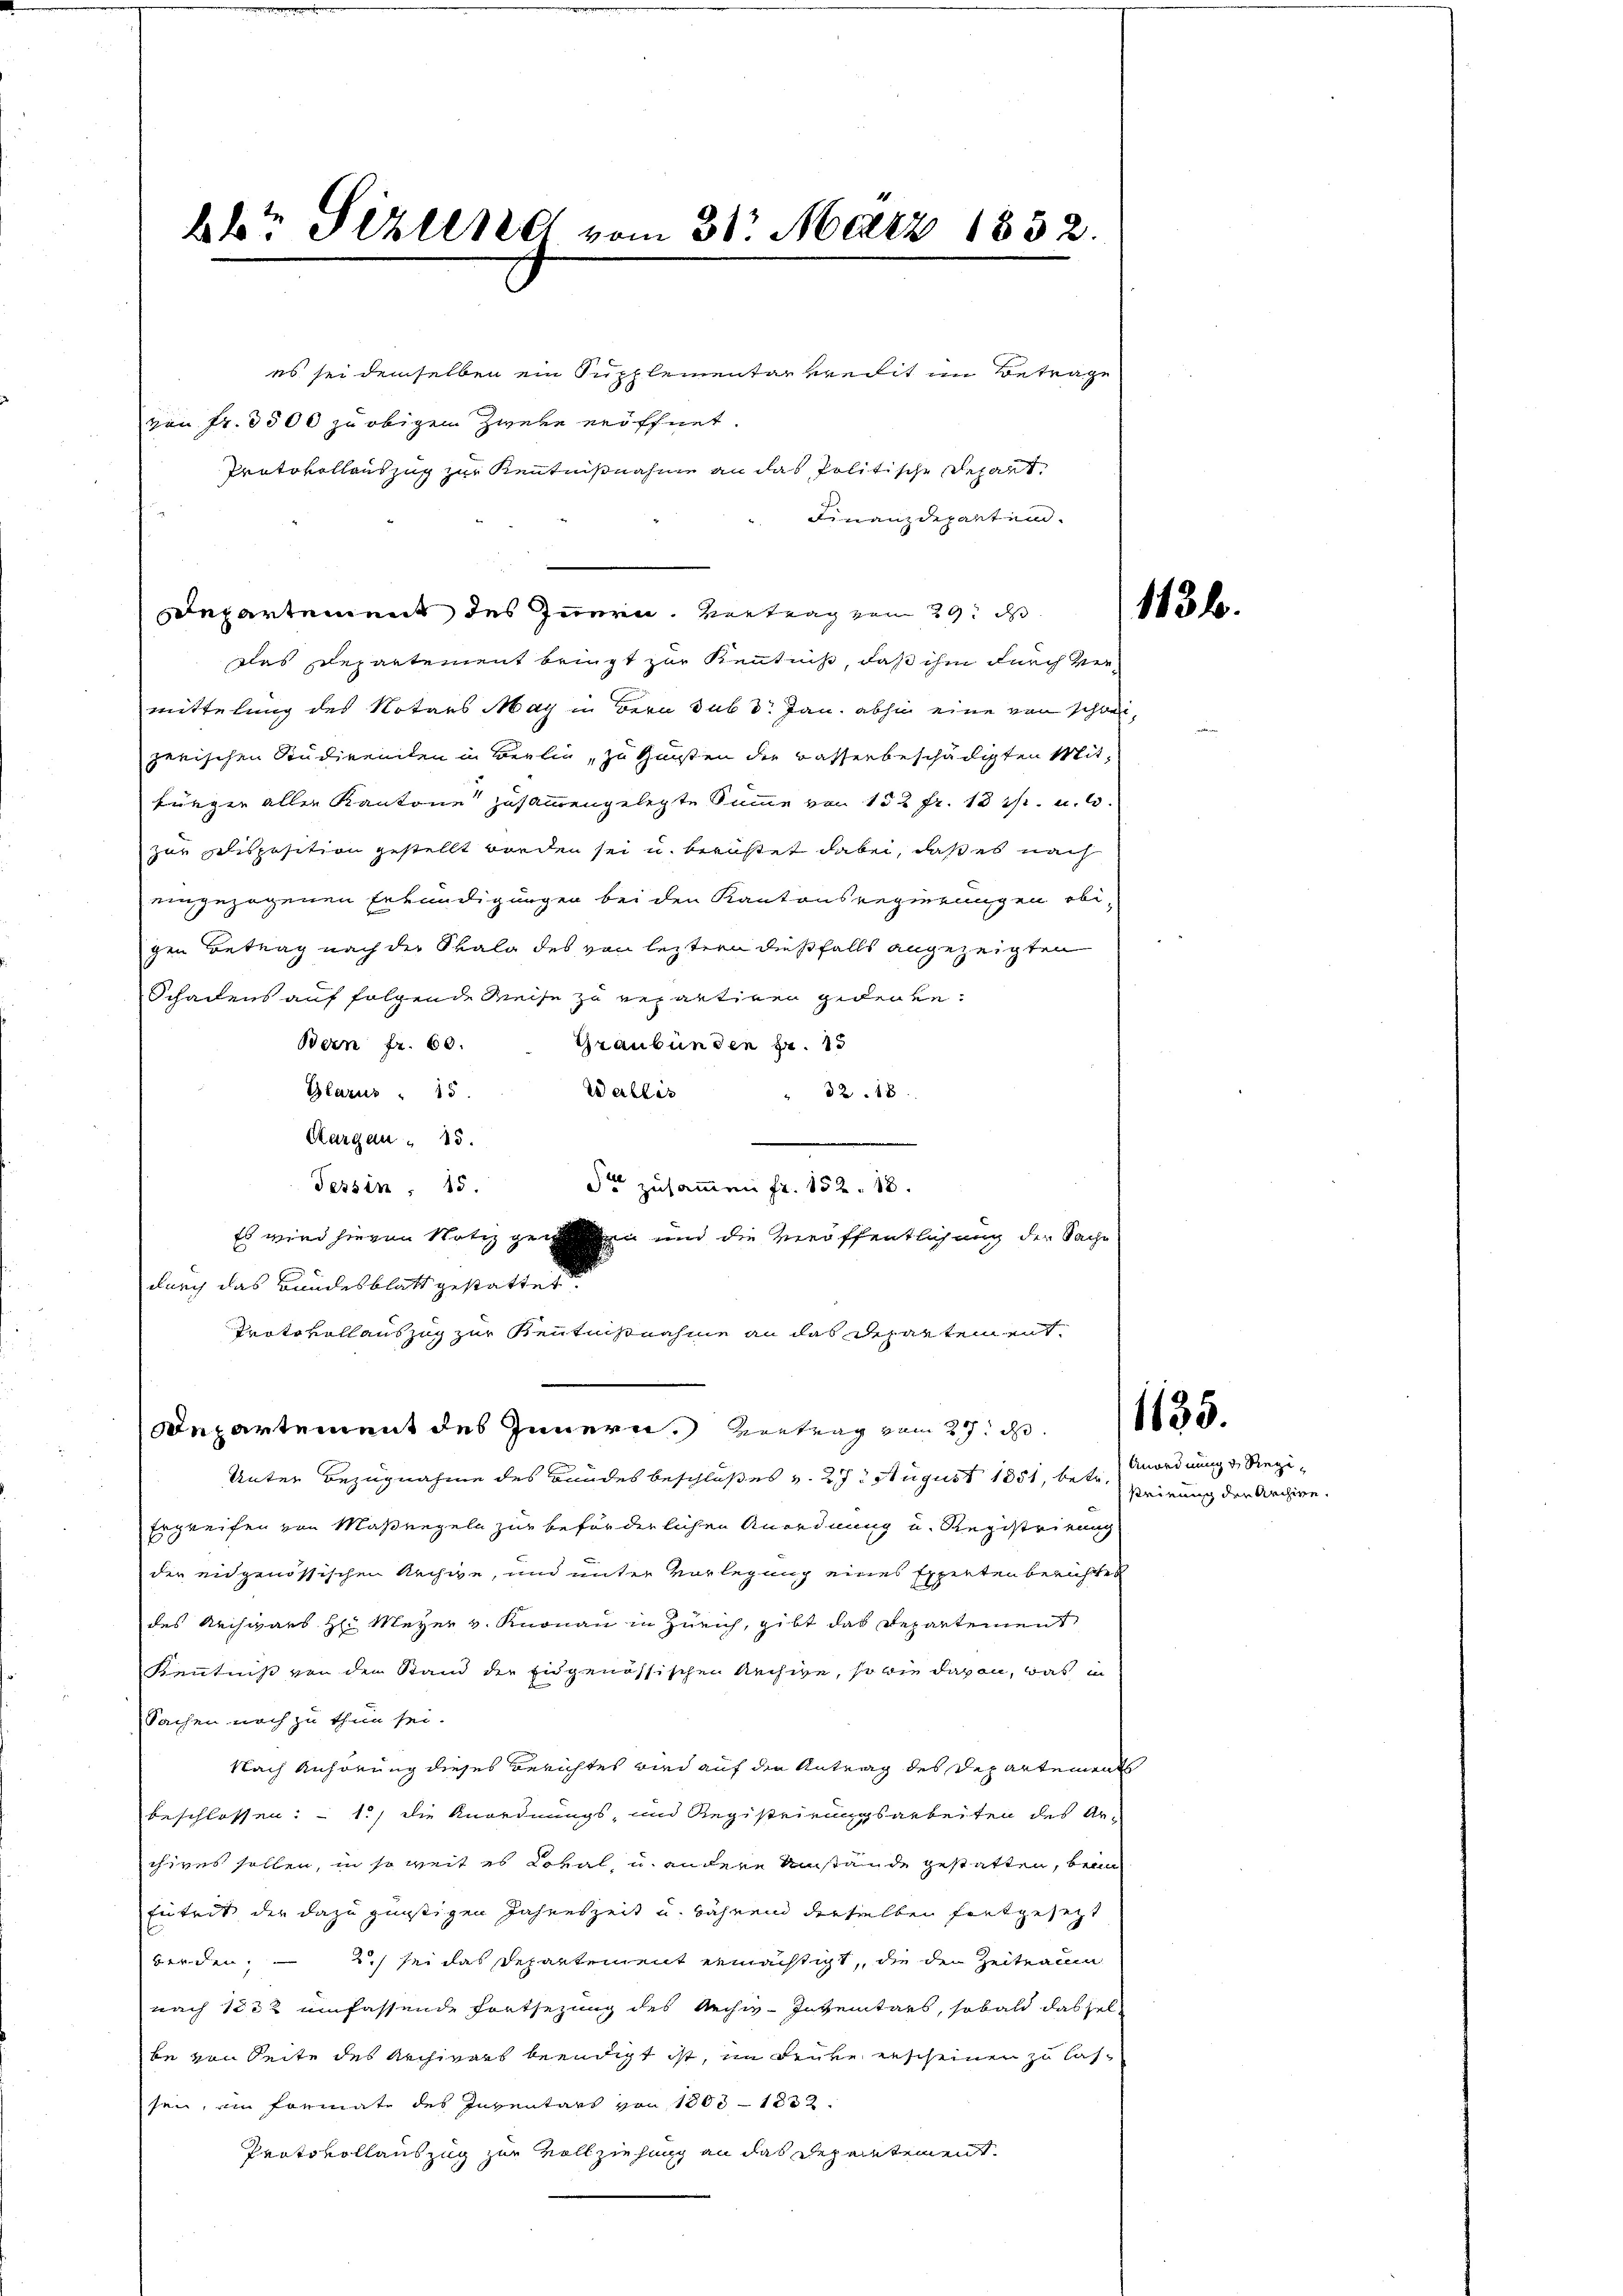
bbr Sizend vom 31. März 1832.

es sei demselben ein Supplementar vedit im Betrage
von Fr. 3500 zu obigen Zweke eröffnet
Protokollauszug zur Kenntnißnahme an das Politische Gehalt
Finanzdeparten.
Departement des Innern. Vertrag vom 29. ds
das Departement bringt zur Kenntniß, daß ihm durch ver-
mittelung des Notars May in Bern sub Dr. Jan. abhin eine von schwei-
zerischen Studirenden in Berlin, zu Gunsten der Basserbeschädigten Mitbürger aller Kantone zusammengelegte Summe von 152 fr. 13 f. u. 1
zur Disposition gestellt worden sei u. beristet dabei, daß es nach
eingezogenen Erkundigungen bei den Kantonsregierungen obi-
gen Betrag nach der Spala des von letztern dießfalls angezeigten
Schadens auf folgende Weise zu repartigen gedenken.
Bern Fr. 60.
Graubünden pr. 15
Wallis
Glarus " 15
32 18
Aargau 25.
dt zusammen fr. 152. 18.
Tessin, 25.
durch das Bundesblatt gestattet.
Protokollauszug zur Kenntnißnahme an das Departement
Departement des Innern. Vertrag vom 27. d. 10.
Unter Bezugnahme des Bundes beschloßes v. 27. August 1851, betr.
Ergreifen von Maßregeln zur beförderlichen Anordnung und Registrirung
der eidgenössischen Archive, und unter Vorlegung eines Experten berichtet
des Archivars H: Meyer v. Knonau in Zürich, gibt das Departement
Kenntniß von den Stand der Eidgenössischen Rechige, so wie davon, was in
Sachen noch zu thun sei.
Nach Anhörung dieses Berichtes wird auf den Antrag des Departements
beschlossen: 1.) die Anordnungs- und Registrirungsarbeiten des Archives sollen, in so weit es Loval, u. andere Umstände gestatten, beim
Entrit der dazu günstigen Jahreszeit u. während derselben fortgesezt
derden; - 2.) sei das Departement ermächtigt, die den Zeitraum
nach 1832 umfassende Fortsezung des Archiv-Inventars, sobald das sel
be von Seite des Archivars beendigt ist, in denke erscheinen zu lassen, ein Formate des Inventars von 1803 - 1832.
Protokollauszug zur Vollziehung an das Departement.

Es wird hievon Notiz genen und die Veröffentlichung der Sache

113 f.

Anordnung & Regisrirung der Archive.